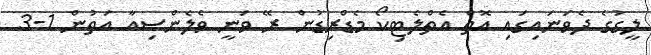
ލީގުގެ ދެވަނައިގައި އޮތް އެތްލެޓިކޯ މެޑްރިޑުން ރޭ ވަނީ ވެލެންސިއާ އަތުން 1-3